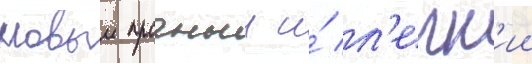
новыи прочныи и́ л'егк'ии